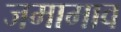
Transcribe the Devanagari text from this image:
जमामाव